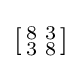
\left[{\begin{smallmatrix}8&3\\3&8\end{smallmatrix}}\right]